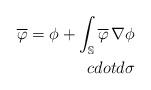
LaTeX: \begin{align*}\overline{\varphi}=\phi+\int_{\mathbb{S}}\overline{\varphi}\,\nabla\phi\\cdot {d}\sigma\end{align*}